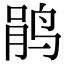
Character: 鹃